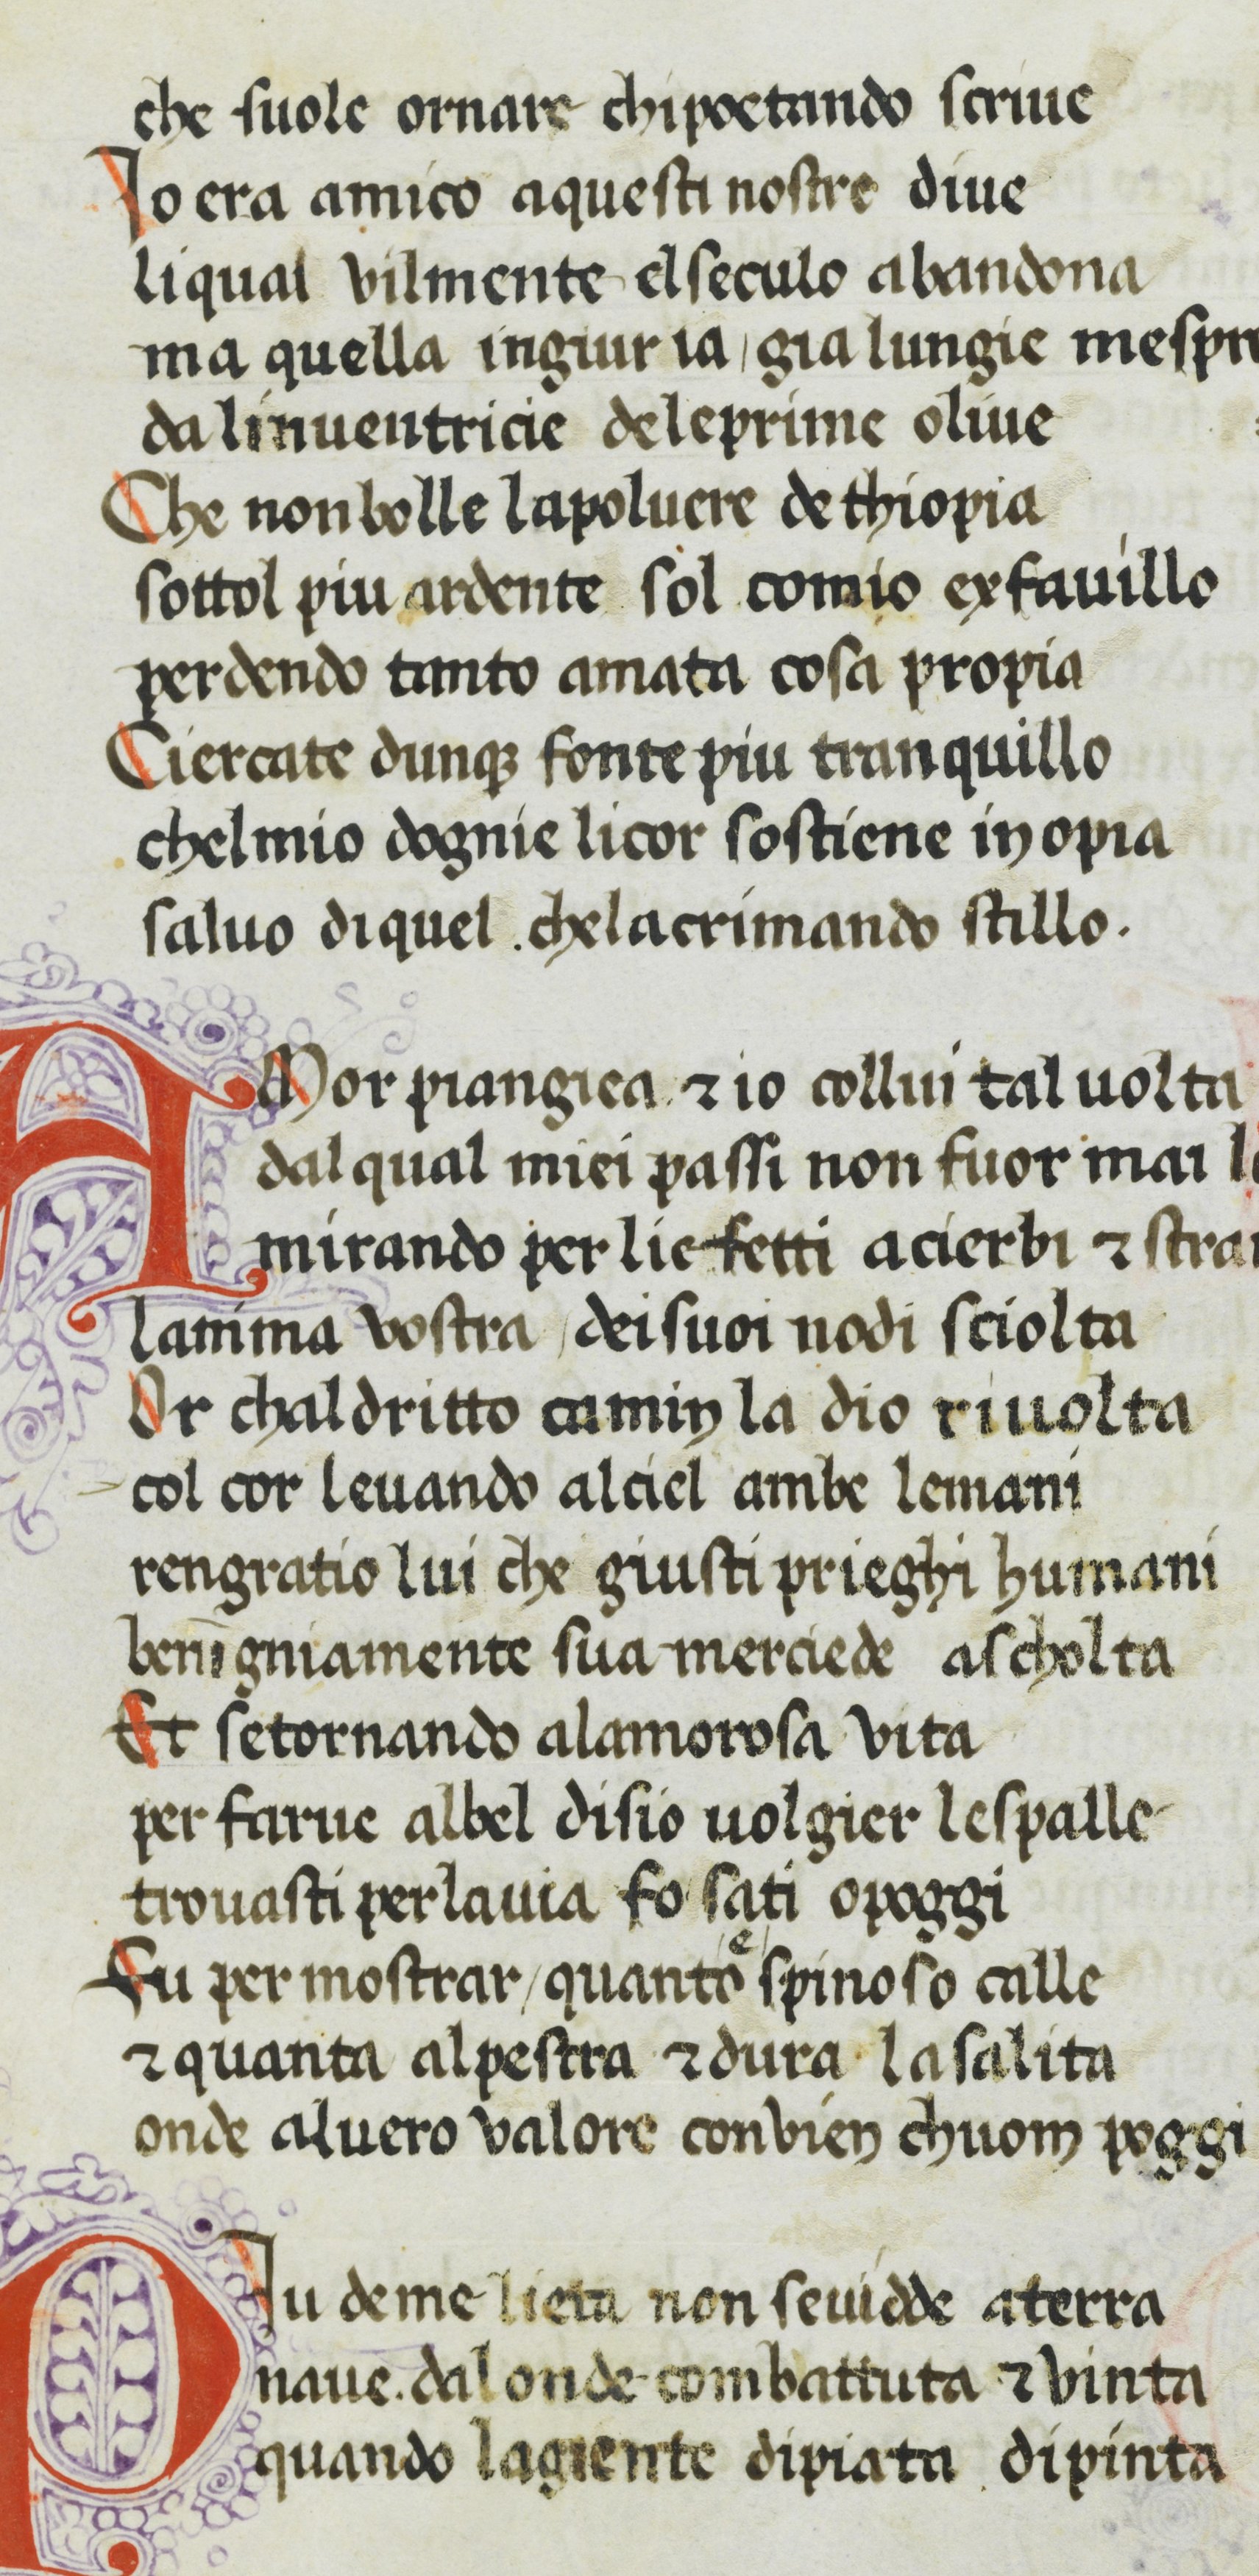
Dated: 1370–1399